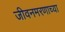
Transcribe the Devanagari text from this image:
जीवनमरणाच्या